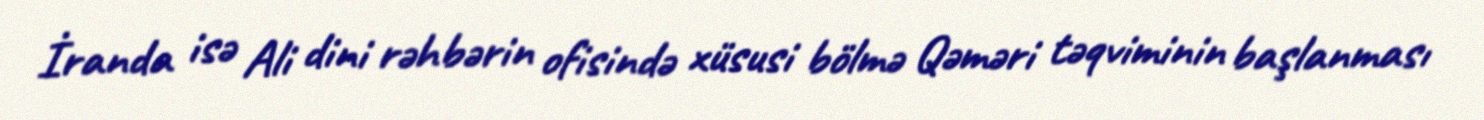
İranda isə Ali dini rəhbərin ofisində xüsusi bölmə Qəməri təqviminin başlanması